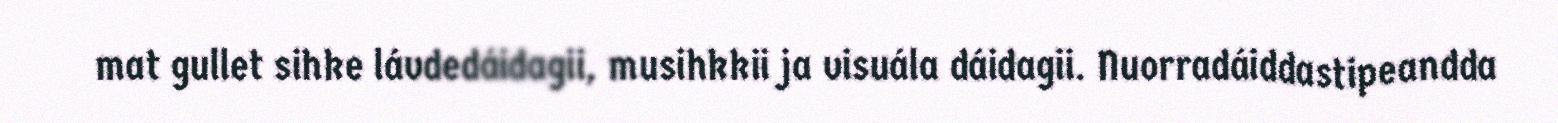
mat gullet sihke lávdedáidagii, musihkkii ja visuála dáidagii. Nuorradáiddastipeandda